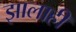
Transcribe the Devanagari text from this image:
झालाही